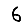
Digit: 6